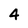
Character: 4